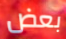
بعض